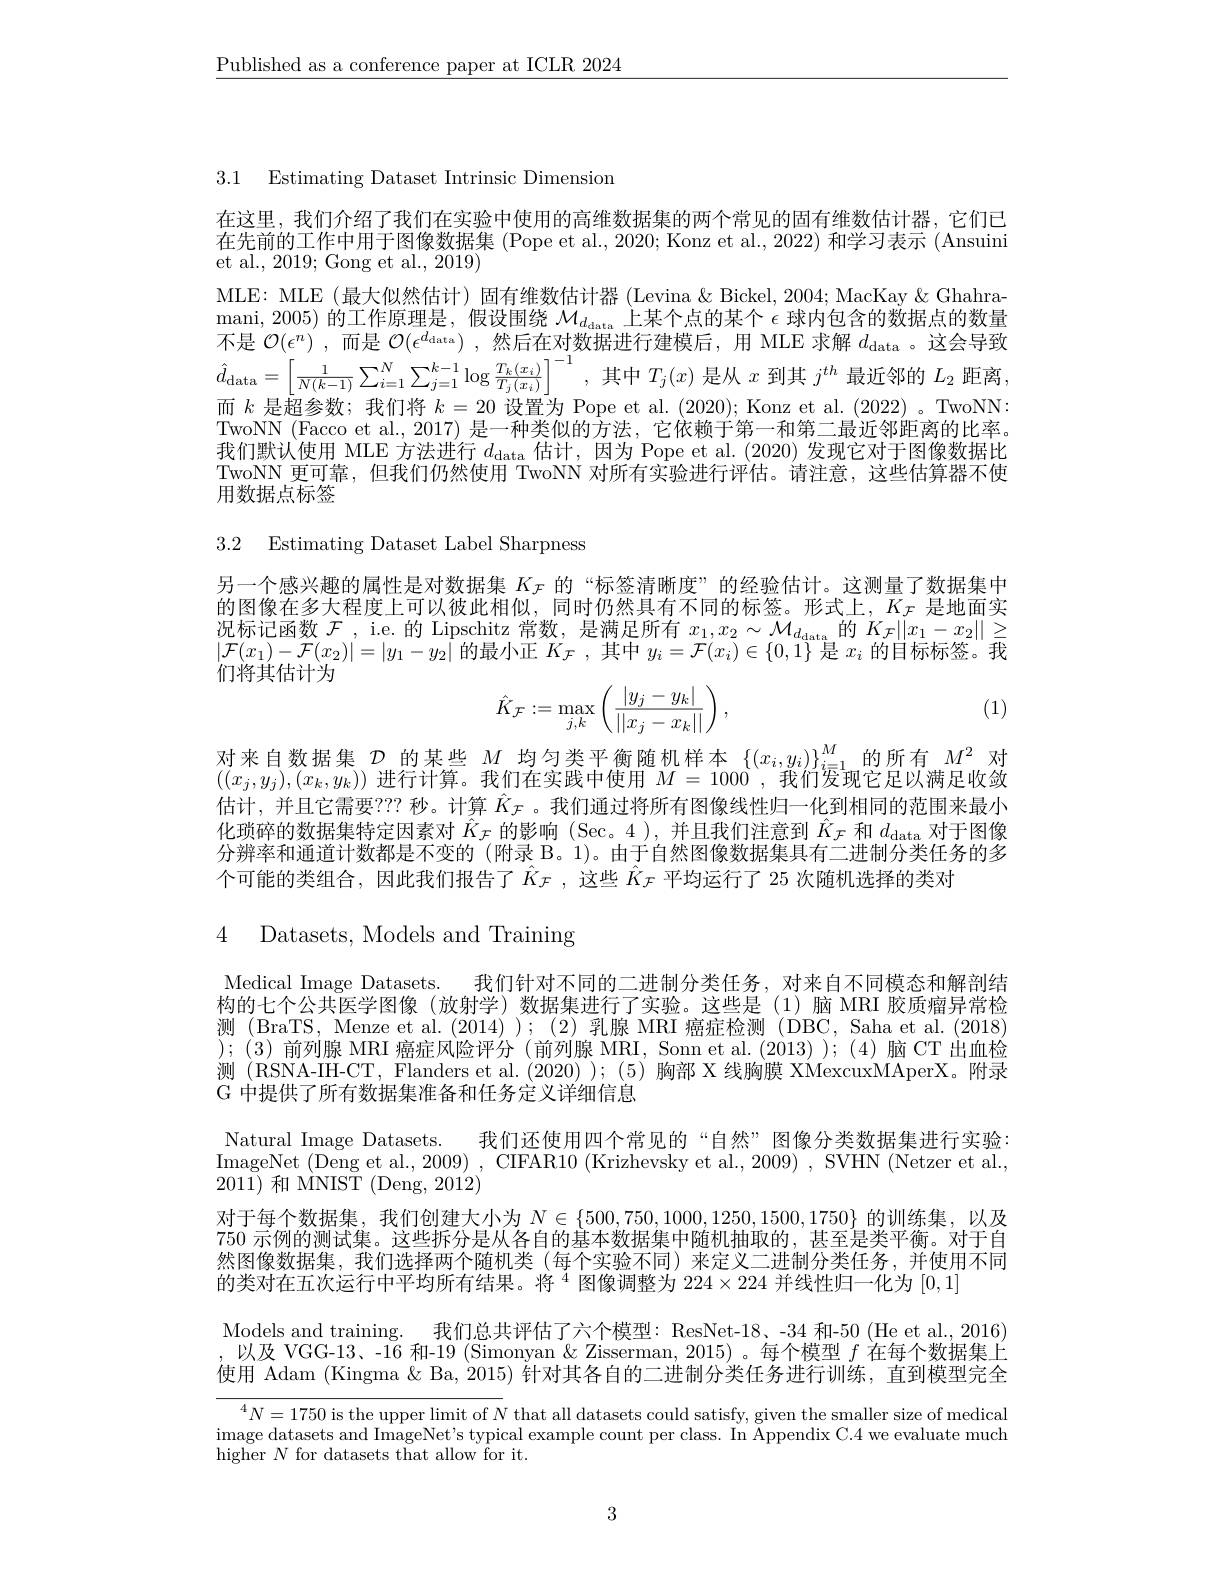
$\underline{\text{Published as a conference paper at ICLR 2024}}$

3.1 Estimating Dataset Intrinsic Dimension

在这里，我们介绍了我们在实验中使用的高维数据集的两个常见的固有维数估计器，它们已在先前的工作中用于图像数据集 (Pope et al., 2020; Konz et al., 2022) 和学习表示 (Ansuini et al., 2019; Gong et al., 2019)
MLE: MLE (最大似然估计) 固有维数估计器 (Levina & Bickel, 2004; MacKay & Ghahramani, 2005) 的工作原理是 , 假设围绕$\mathcal{M}_{d_\mathrm{data}}$上某个点的某个$\epsilon$球内包含的数据点的数量不是$\mathcal{O}(\epsilon^n)$ ,而是$\mathcal{O} ( \epsilon _\text{data}^d)$ ,然后在对数据进行建模后，用 MLE 求解$d_\mathrm{data}$ 。这会导致$\hat{d} _{\mathrm{data}}= \left [ \frac 1{N( k- 1) }\sum _{i= 1}^{N}\sum _{j= 1}^{k- 1}\log \frac {T_{k}( x_{i}) }{T_{j}( x_{i}) }\right ] ^{- 1}$,其 中 $T_{j}( x)$ 是 从 $x$ 到 其 $j^{th}$ 最 近 邻 的 $L_{2}$ 距 离 , 而 $k$ 是 超 参 数 ; 我 们 将 $k= 20$ 设 置 为 Pope et al. (2020); Konz et al. (2022)。TwoNN: TwoNN (Facco et al., 2017) 是一种类似的方法，它依赖于第一和第二最近邻距离的比率。我们默认使用 MLE 方法进行$d_\mathrm{data}$估计，因为 Pope et al. (2020)发现它对于图像数据比TwoNN 更可靠，但我们仍然使用 TwoNN 对所有实验进行评估。请注意，这些估算器不使用数据点标签

3.2 Estimating Dataset Label Sharpness

另一个感兴趣的属性是对数据集$K_{\mathcal{F}}$的“标签清晰度”的经验估计。这测量了数据集中的图像在多大程度上可以彼此相似，同时仍然具有不同的标签。形式上，$K_{\mathcal{F}}$是地面实况标记函数$\mathcal{F}$, i.e. 的 Lipschitz 常数，是满足所有$x_1,x_2\sim\mathcal{M}_{d_{\mathrm{data}}}$的$K_\mathcal{F}\|x_1-x_2\|\geq|\mathcal{F}(x_1)-\mathcal{F}(x_2)|=|y_1-y_2|$的最小正$K_\mathcal{F}$,其中$y_i=\mathcal{F}(x_i)\in\{0,1\}$是$x_i$的目标标签。我们将其估计为
$$\hat{K}_{\mathcal{F}}:=\max_{j,k}\left(\frac{|y_j-y_k|}{||x_j-x_k||}\right),$$
(1)

对来自数据集$\mathcal{D}$的某些$M$均匀类平衡随机样本$\{(x_i,y_i)\}_i_{i=1}^M$的所有$M^2$对$((x_j,y_j),(x_k,y_k))$进行计算。我们在实践中使用$M=1000$,我们发现它足以满足收敛估计，并且它需要？?? 秒。计算$\hat{K}_{\mathcal{F}}$ 。我们通过将所有图像线性归一化到相同的范围来最小化琐碎的数据集特定因素对$\hat{K}_{\mathcal{F}}$的影响 (Sec。4 ),并且我们注意到$\hat{K}_{\mathcal{F}}$和$d_\mathrm{data}$对于图像分辨率和通道计数都是不变的(附录 B。1)。由于自然图像数据集具有二进制分类任务的多个可能的类组合，因此我们报告了$\hat{K}_{\mathcal{F}}$ ,这些 $\hat{K}_{\mathcal{F}}$ 平均运行了 25 次随机选择的类对

4 Datasets, Models and Training

Medical Image Datasets. 我们针对不同的二进制分类任务，对来自不同模态和解剖结构的七个公共医学图像(放射学)数据集进行了实验。这些是(1)脑 MRI 胶质瘤异常检测 (BraTS, Menze et al. (2014)); (2)乳腺 MRI 癌症检测 (DBC, Saha et al. (2018) );(3)前列腺 MRI 癌症风险评分(前列腺 MRI, Sonn et al.(2013));(4)脑 CT出血检测 (RSNA-IH-CT, Flanders et al. (2020));(5)胸部 X 线胸膜 XMexcuxMAperX。附录G 中提供了所有数据集准备和任务定义详细信息
Natural Image Datasets. 我们还使用四个常见的“自然”图像分类数据集进行实验： ImageNet (Deng et al., 2009) , CIFAR10 (Krizhevsky et al., 2009) , SVHN (Netzer et al., 2011)和 MNIST (Deng, 2012)
对于每个数据集，我们创建大小为$N\in\{500,750,1000,1250,1500,1750\}$的训练集，以及750 示例的测试集。这些拆分是从各自的基本数据集中随机抽取的，甚至是类平衡。对于自然图像数据集，我们选择两个随机类(每个实验不同)来定义二进制分类任务，并使用不同的类对在五次运行中平均所有结果。将$^{4}$图像调整为$224\times224$并线性归一化为[0,1]

Models and training. 我们总共评估了六个模型：ResNet-18、-34 和-50 (He et al., 2016) ,以及 VGG-13、-16 和-19 (Simonyan&Zisserman,2015)。每个模型$f$在每个数据集上使用 Adam (Kingma & Ba, 2015) 针对其各自的二进制分类任务进行训练，直到模型完全

$^4N=1750$ is the upper limit of $N$ that all datasets could satisfy, given the smaller size of medical $\begin{array}{l}\mathrm{image~datasets~and~ImageNet's~typical~example~count~per~class.~In~Appendix~C.4~we~evaluate~much}\\\mathrm{higher~}N~\mathrm{for~datasets~that~allow~for~it.}\end{array}$

3